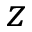
z